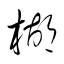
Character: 楜